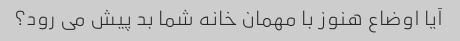
آیا اوضاع هنوز با مهمان خانه شما بد پیش می رود؟